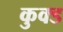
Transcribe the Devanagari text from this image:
कुक्ड